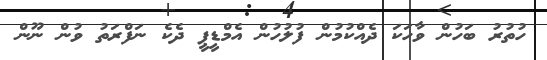
ހުތުރު ބަހުން ވާހަކަ ދެއްކުމުން ފުލުހުން އެމްޑީޕީ ދެކެ ނަފްރަތު ވުން ނޫން